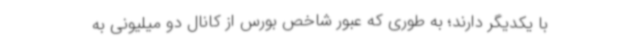
با یکدیگر دارند؛ به طوری که عبور شاخص بورس از کانال دو میلیونی به